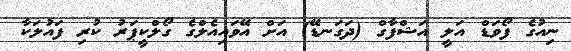
ނިއުގެ ފޯވަޑް އަލީ އަޝްފާގް (ދަގަނޑޭ) އަށް އޭވައިއެލްގެ ގޯލްކީޕަރު ކުރި ފައުލަކާ